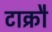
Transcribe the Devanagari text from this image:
टाक्रौ